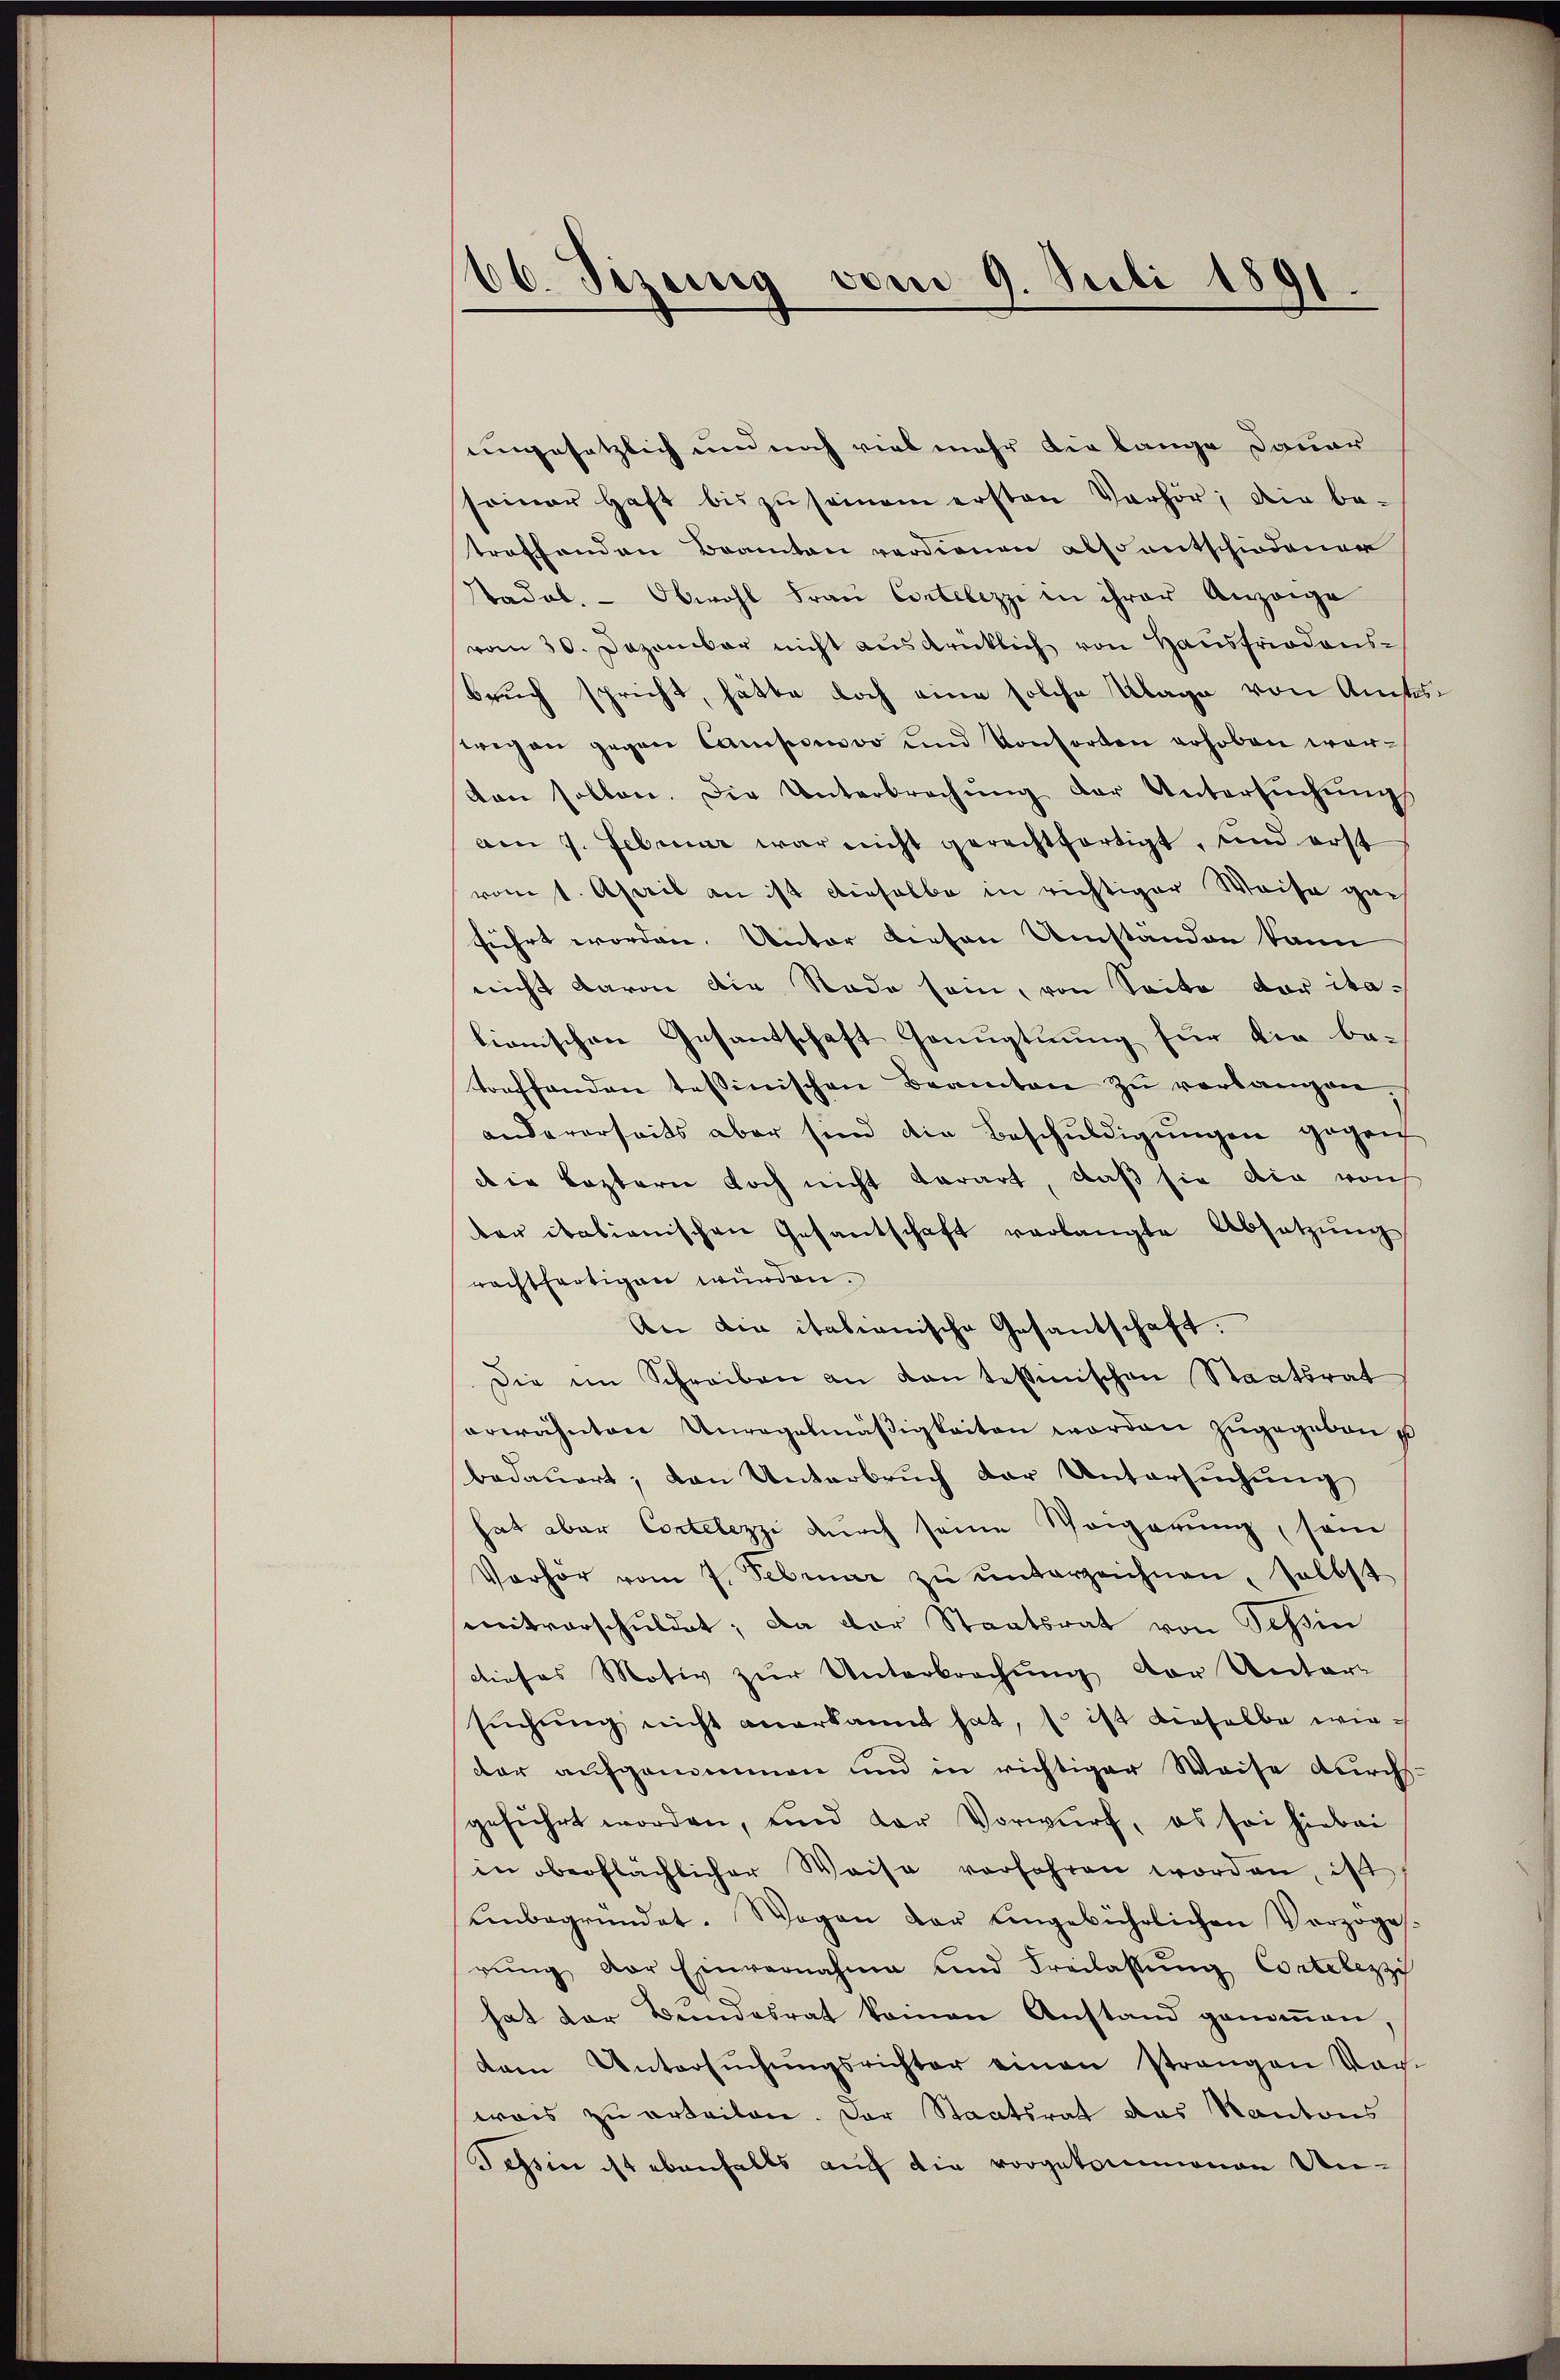
66. Sizung vom 9. Juli 1891.

ungesetzlich und noch viel mehr die lange Dauer
seiner haft bis zŭ seien ersten Verhör, die be-
troffenden Beamten verdienen also entschiedener
Stadel. Obwohl Frau Cortelezzi in ihrer Anzeige
vom 30. Dezember nicht ausdrücklich von Haŭsfriodens-
bruch spricht, hätte doch eine solche Klage von Amtswegen gegen Comporsvo und Konsorten erhoben worvon sollen. Die Unterbrechŭng der Untersŭchŭng
am 7. Februar war nicht gerechtfertigt, und erst
vom 1. April an ist dieselbe in richtiger Weise ga
führt worden. Unter diesen Umständen kann
nicht davon die Rade sein, von Seite der italionischen Gesantschaft Genugtuung für die betoeffenden tessinischen Beamten zŭ verlangen.
andererseits aber sind die Beschuldigungen gegen
die Leztern doch nicht derart, daß sie die vorh
ber italienischen Gesantschaft verlangte Absetzŭng
rachtfertigen würden.
An die italienische Gesandschaft.
Die im Schreiben an von tessinischen Staatsrat
erwähnten Unregelmäβigkeiten worden zŭgegeben u
bedauert; von Unterbruch der Untersuchung
hat aber Contelezzi durch seine Weigerung, sein
Verhör vom 7. Februar zŭ ŭnterzeichnen, selbst
mitverschuldet; da der Staatsrat von Tessin
dieses Motiv zur Unterbrechung der Unter-
sŭchŭng nicht anerkannt hat, so ist dieselbe wiedar aufgenommen und in richtiger Weise durchs
geführt worden, und der Vorwurf, es sei hiebei
in oberflächlicher Weise verfahren worden, ist
einbegründet. Wegen der eingebührlichen Vorzoge
rŭng der Einvernahme und Freilassŭng Contelezz
hat der Bundesrat keinen Anstand genoṁen,
dam Untersŭchŭngsrichter einen strangen Vor-
wais zu erteilen. Der Staatsrat das Kantons
Tessin ist ebenfalls auch die vorgekommenen Un¬